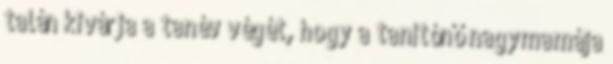
talán kivárja a tanév végét, hogy a tanítónő nagymamája